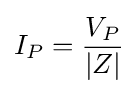
I_{P}={\frac {V_{P}}{|Z|}}